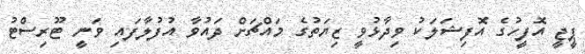
ޕީޖީ އޮފީހުގެ އޮފިޝަލަކު ވިދާޅުވީ ޒިޔަތުގެ މައްޗަށް ދައުވާ އުފުލާފައި ވަނީ ޓޫރިސްޓު